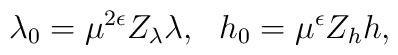
\lambda_{0}=\mu^{2\epsilon}Z_{\lambda}\lambda,~~h_{0}=\mu^{\epsilon}Z_{h}h,